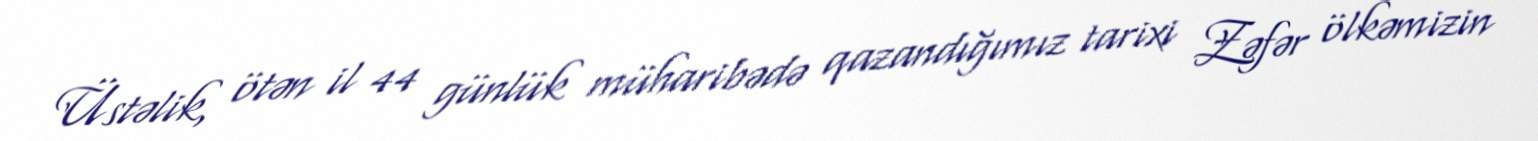
Üstəlik, ötən il 44 günlük müharibədə qazandığımız tarixi Zəfər ölkəmizin